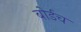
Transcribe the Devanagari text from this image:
बोर्डच